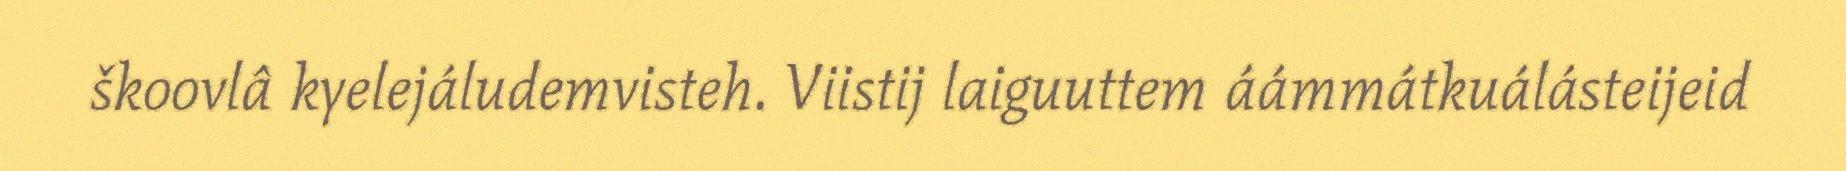
škoovlâ kyelejáludemvisteh. Viistij laiguuttem áámmátkuálásteijeid